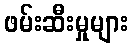
ဖမ်းဆီးမှုများ